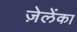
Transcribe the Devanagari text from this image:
ज़ेलेंका